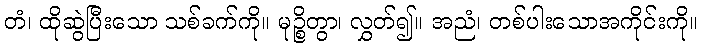
တံ၊ ထိုဆွဲပြီးသော သစ်ခက်ကို။ မုဉ္စိတွာ၊ လွှတ်၍။ အညံ၊ တစ်ပါးသောအကိုင်းကို။